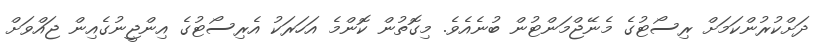
ދަށްކުރުންކަމަށް ރިސޯޓުގެ މެނޭޖްމަންޓުން ބުނެއެވެ. މިގޮތުން ކޮންމެ އަހަރަކު އެރިސޯޓުގެ އިންޖީނުގެއިން ޖައްވަށް